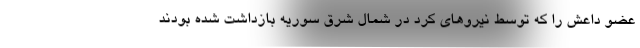
عضو داعش را که توسط نیروهای کرد در شمال شرق سوریه بازداشت شده بودند